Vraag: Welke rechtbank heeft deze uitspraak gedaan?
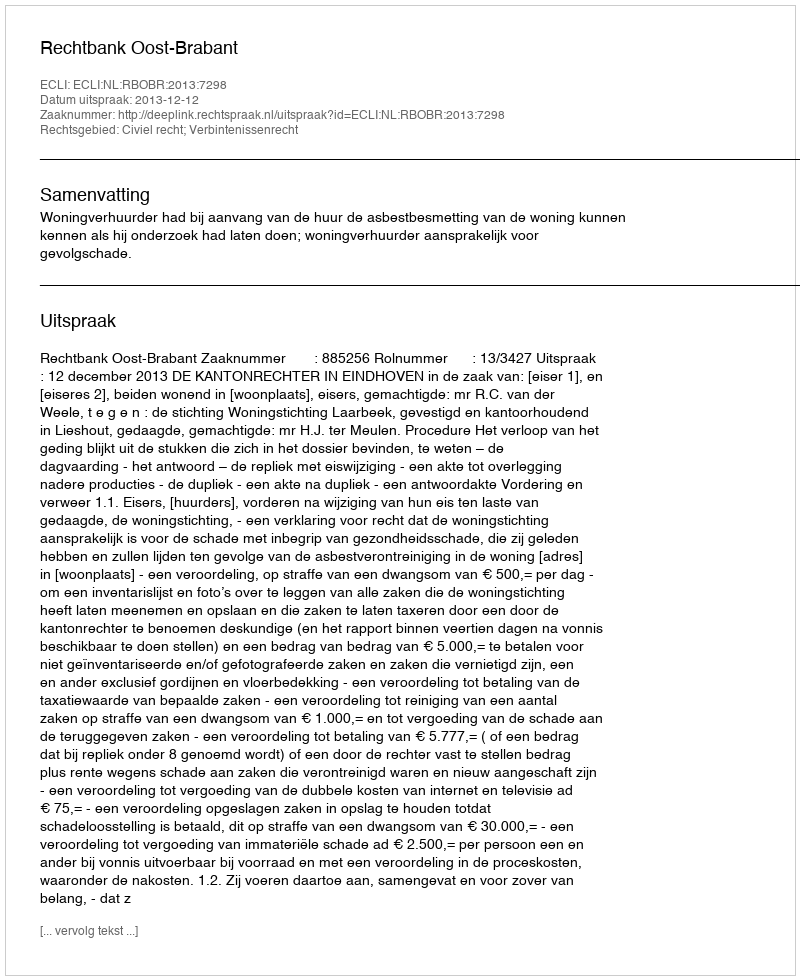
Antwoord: Rechtbank Oost-Brabant